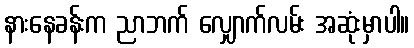
နားနေခန်းက ညာဘက် လျှောက်လမ်း အဆုံးမှာပါ။